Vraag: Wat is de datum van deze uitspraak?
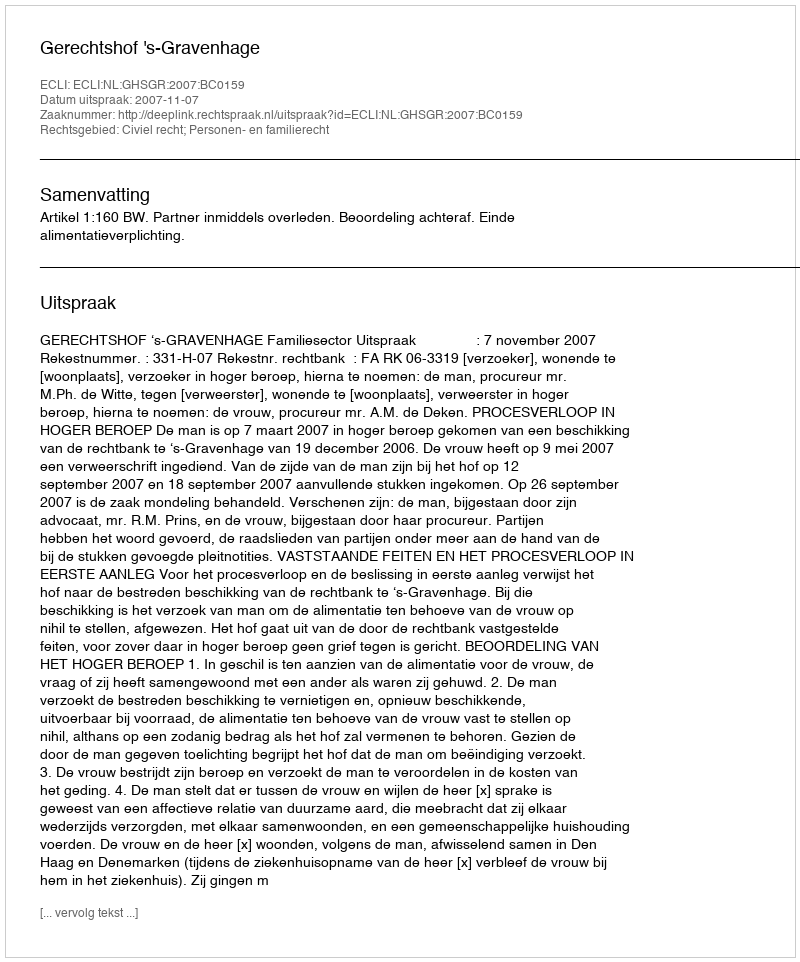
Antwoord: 2007-11-07